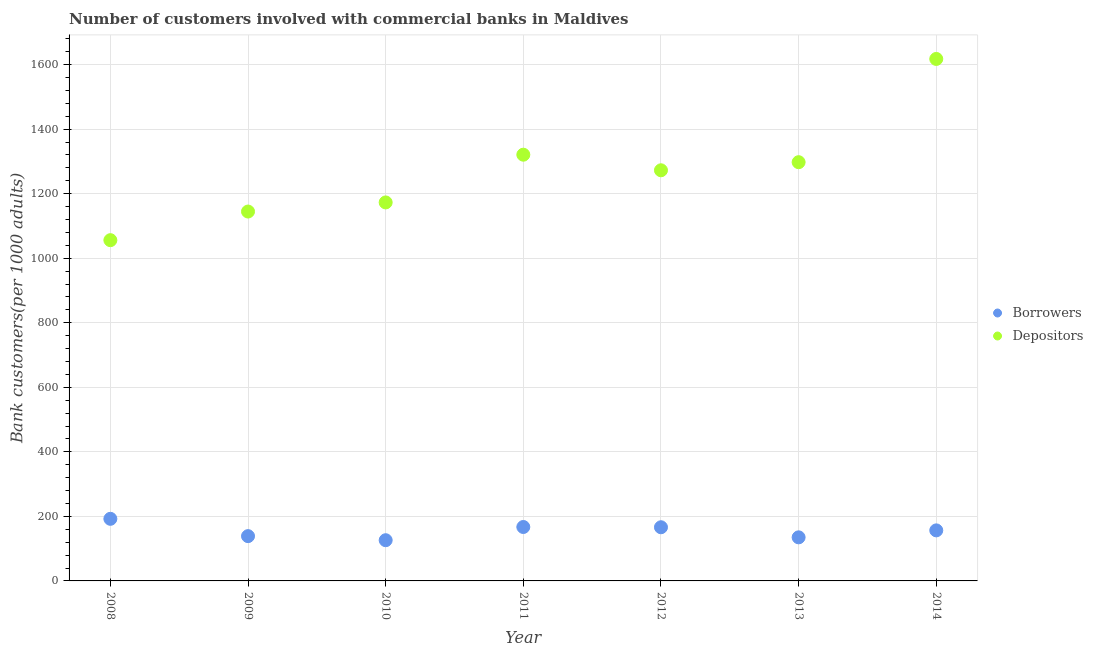
| Year | Borrowers | Depositors |
 | --- | --- | --- |
 | 2008 | 192 | 1.06e+03 |
 | 2009 | 139 | 1.14e+03 |
 | 2010 | 126 | 1.17e+03 |
 | 2011 | 167 | 1.32e+03 |
 | 2012 | 166 | 1.27e+03 |
 | 2013 | 135 | 1.3e+03 |
 | 2014 | 157 | 1.62e+03 |